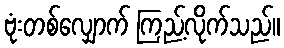
ဗုံးတစ်လျှောက် ကြည့်လိုက်သည်။